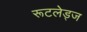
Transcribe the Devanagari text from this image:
रूटलेड्ज